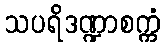
သပရိဒဏ္ဍာစက္ကံ